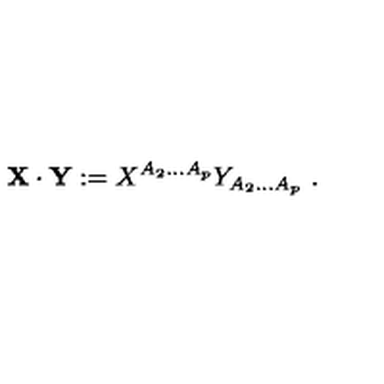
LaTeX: { \bf X } \cdot { \bf Y } : = X ^ { A _ { 2 } . . . A _ { p } } Y _ { A _ { 2 } . . . A _ { p } } \ .